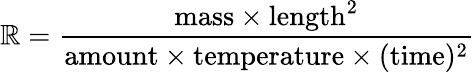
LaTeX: \mathbb{R}={\frac{{\mathrm{{mass}}\times\mathrm{{length}}^{2}}}{{\mathrm{{amount}}\times\mathrm{{temperature}}\times(\mathrm{{time}})^{2}}}}